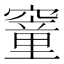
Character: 䆹